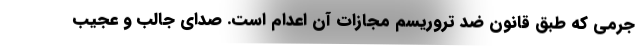
جرمی که طبق قانون ضد تروریسم مجازات آن اعدام است. صدای جالب و عجیب